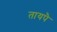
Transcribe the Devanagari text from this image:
तायपै